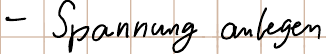
- Spannung anlegen